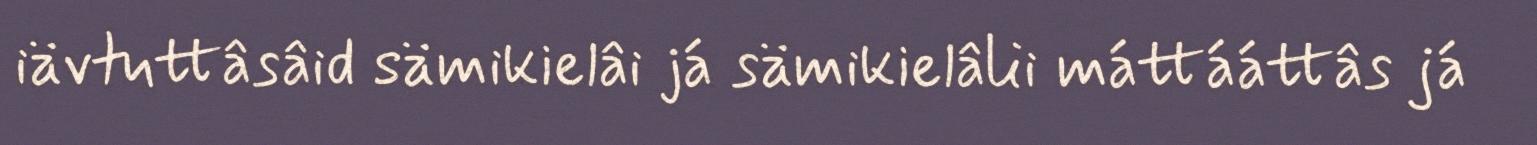
iävtuttâsâid sämikielâi já sämikielâlii máttááttâs já